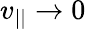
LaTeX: v_{||}\to 0